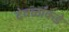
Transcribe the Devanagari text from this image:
देवळांकडे